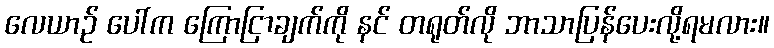
လေယာဉ် ပေါ်က ကြောငြာချက်ကို နင် တရုတ်လို ဘာသာပြန်ပေးလို့ရမလား။